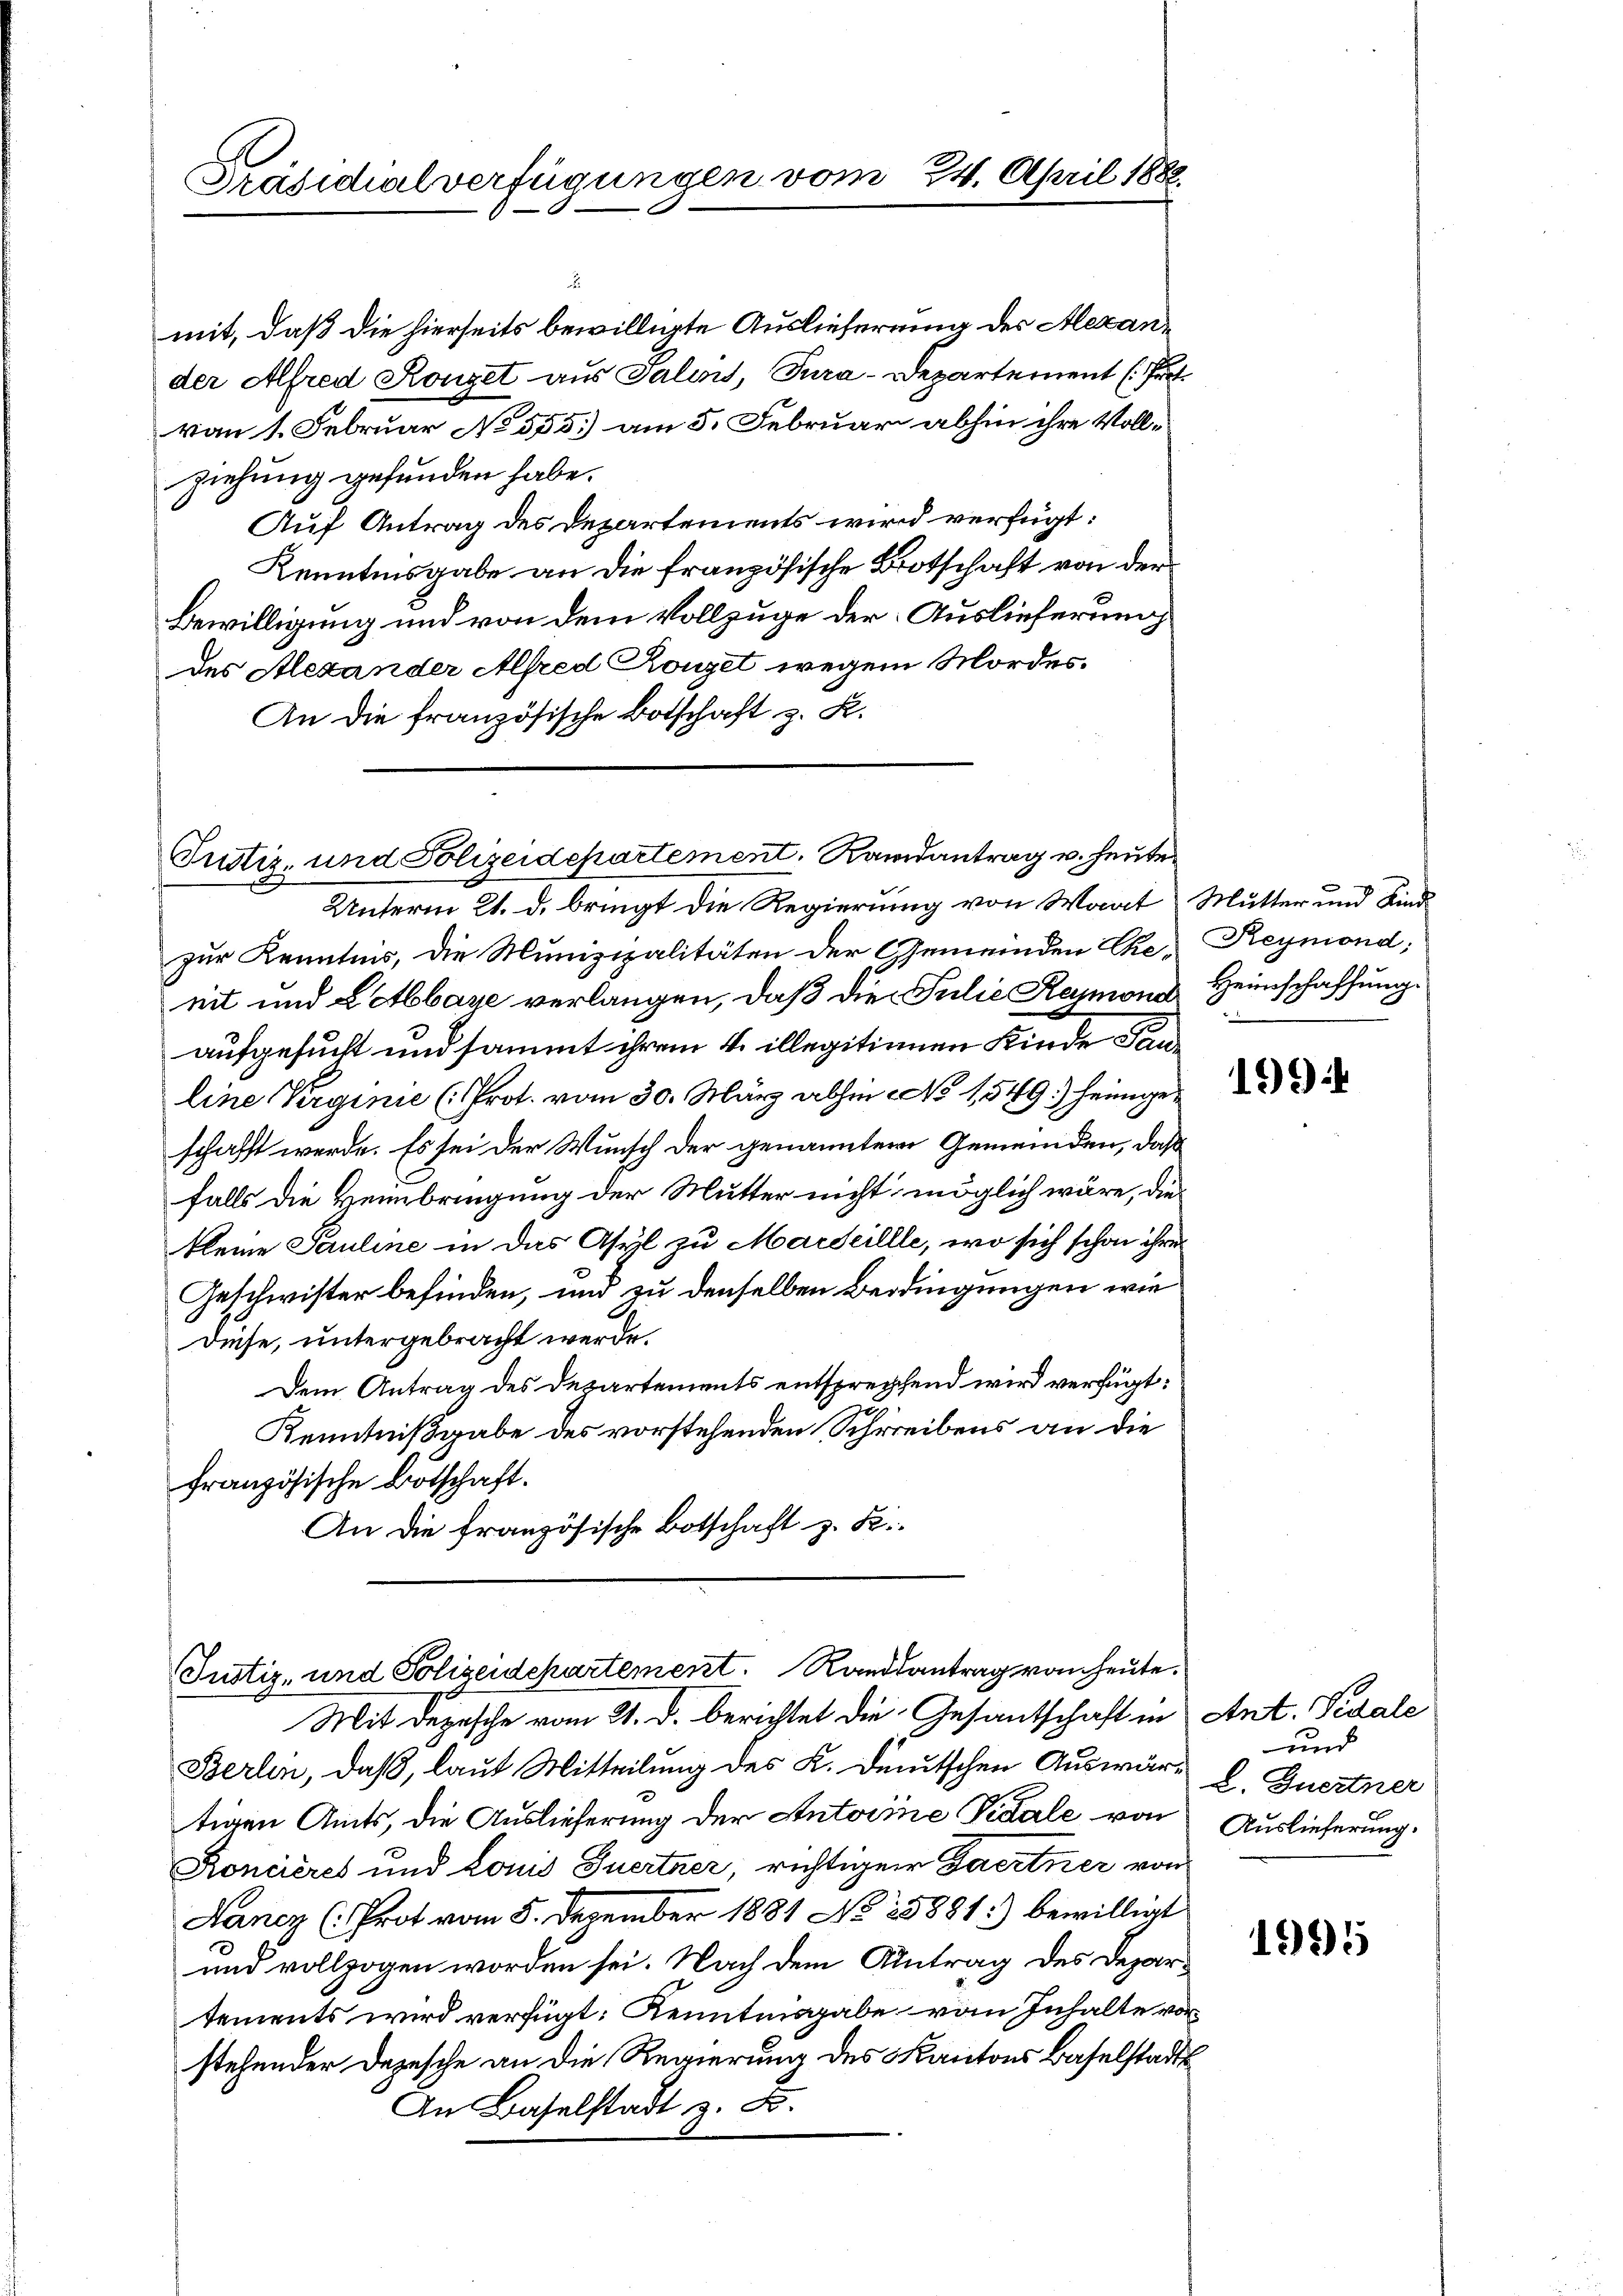
mit, daß die hierseits bewilligte Auslieferung des Alexander Alfred Konzet aus Salins, Tura-Departement Fr
von 1. Februar No 555.) am 5. Februar abhin ihre Vollziehung gefunden habe.
Auf Antrag des Departements wird verfügt:
Kenntnisgabe an die französische Botschaft von der
Bewilligung und von dem Vollzuge der Auslieferung
des Alexander Alfred Ronzet wegen Mordes¬
An die französische Botschaft z. K.

Präsidialverfügungen vom 24. April 188

Justiz- und Polizeidepartement. Randantrag u. heute
Unterm 21. d. bringt die Regierung von Waat Mutter und Kind¬

zur Kenntnis, die Munizipalitäten der Gemeinden Ehe- Reymond;
eit und Letbbaye verlangen, daß die Julie Kanons Heimschaffung
aufgesucht und sammt ihrem 4. illegitienen Kinde Tauline Verginie (Prot. vom 30. März abhin No 1549) heimgeschafft werde. Es sei der Wunsch der genannter Gemeinden, daß
falls die Heinbringung der Mutter nicht möglich wäre, die
kleine Pauline in das Asyl zu Marseillle, wo sich schon ihre
Geschwister befinden, und zu denselben Bedingungen wie
Diese, untergebracht werde.
Dem Antrag des Departements entsprechend wird verfügt:
Kenntnißgabe des vorstehenden Schreibens an die
französische Botschaft.
An die französische Botschaft z. B.

Justiz- und Polizeidepartement. Randsantrag von heute.

.

Mit Depesche vom 21. d. Berichtet die Gesantschaft in Ant. Pedale
Berlin, daß, laut Mitteilung des K. Deutschen Auswärtigen Amts, die Auslieferung der Antoine Vidale von Auslieferung.
Koncières und Louis Quertner, richtiger Gaertner von
Hancz (Prot vom 5. Dezember 1881 No 15881:) bewilligt
und vollzogen worden sei. Nach dem Antrag des Departements wird verfügt: Kenntnisgabe vom Inhalte vor
stehender Depesche an die Regierung des Kantons Baselstadts
In Baselstadt z. B.

199

1995

und
L. Zuertner